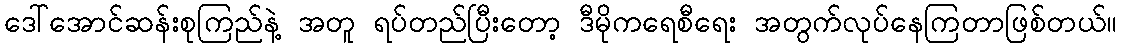
ဒေါ်အောင်ဆန်းစုကြည်နဲ့ အတူ ရပ်တည်ပြီးတော့ ဒီမိုကရေစီရေး အတွက်လုပ်နေကြတာဖြစ်တယ်။